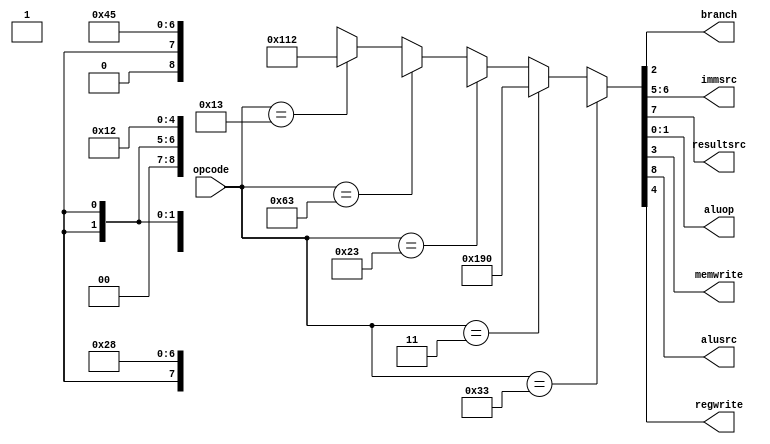
module controlunit(opcode,branch,immsrc,resultsrc,aluop,memwrite,alusrc,regwrite);
input [6:0] opcode;
output [1:0] immsrc,aluop;
output branch,resultsrc,memwrite,alusrc,regwrite;
wire [8:0] controls;
assign {alusrc, resultsrc, immsrc, regwrite, memwrite, branch, aluop} = controls;

assign controls = 
        (opcode == 7'b0110011) ? 9'b0_0_xx_1_0_0_10: // r type
		  (opcode == 7'b0000011) ? 9'b1_1_00_1_0_0_00: // lw type
		  (opcode == 7'b0100011) ? 9'b1_x_01_0_1_0_00: // sw type (sw)
		  (opcode == 7'b1100011) ? 9'b0_x_10_0_0_1_01: // sb  type(beq)
		  (opcode == 7'b0010011) ? 9'b1_0_00_1_0_0_10: // addi type (addi)
		                           9'bx_x_xx_X_x_X_xx;
endmodule